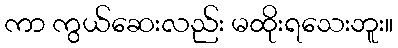
ကာ ကွယ်ဆေးလည်း မထိုးရသေးဘူး။